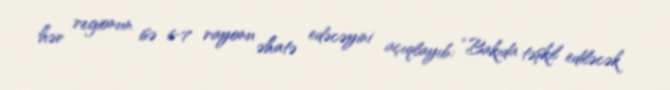
hər regionun isə 6-7 rayonu əhatə edəcəyini açıqlayıb: “Bakıda təşkil ediləcək